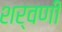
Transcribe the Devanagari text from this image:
शर्वणी